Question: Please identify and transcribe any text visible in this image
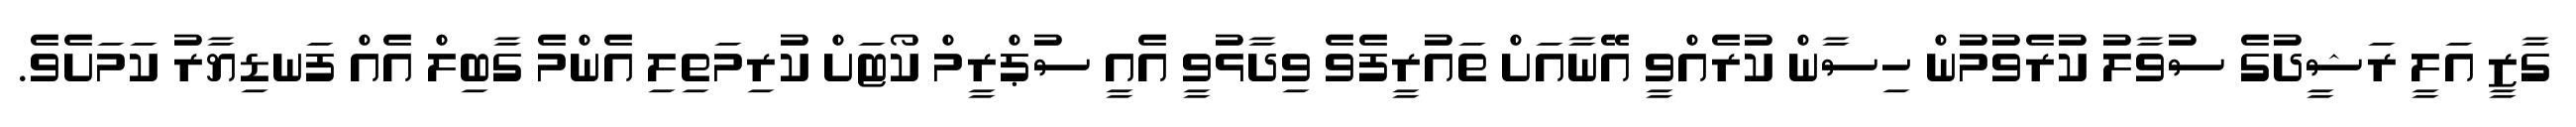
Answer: ގާޒީ އަލީ ރަޝީދުގެ ސުވާލު ކުރެވުމުން ހިސާން ކުރެއްވީ އޭނާއަށް ތައުރީފެވެ ވިދާޅުވީ އެއީ ސުޕްރީމް ކޯޓަށް ކުރިމަތިލި އެންމެ ގާބިލް އެއް ފަނޑިޔާރު ކަމަށެވެ.